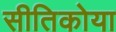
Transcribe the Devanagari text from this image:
सीतिकोया